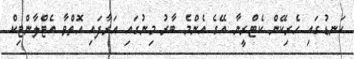
ކަނޑުގައި ހެރިކޭން ކެޓްރީނާ އޭގެ އެންމެ ބާރު މިނުގައި އަރާފައި އޮތްވާ އެޓްލާންޓިކް